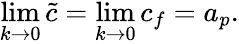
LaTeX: \operatorname*{lim}_{k\rightarrow 0}\tilde{c}=\operatorname*{lim}_{k\rightarrow 0}c_{f}=a_{p}.